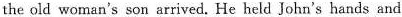
the old woman's son arrived, He held John's hands and